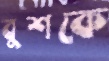
বুশকে